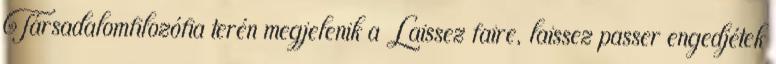
Társadalomfilozófia terén megjelenik a Laissez faire, laissez passer engedjétek